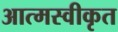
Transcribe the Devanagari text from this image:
आत्‍मस्‍वीकृत